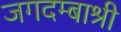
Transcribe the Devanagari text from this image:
जगदम्बाश्री